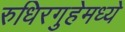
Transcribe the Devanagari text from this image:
रुधिरगुहेमध्ये